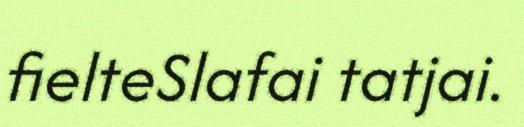
fielteSlafai tatjai.